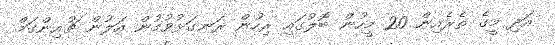
އަދި މީގެ ތެރެއިން 20 މީހުން ބޮލުގައި ރިހުން ރަނގަޅުވުމުން އަލުން ޗުއިންގަމް